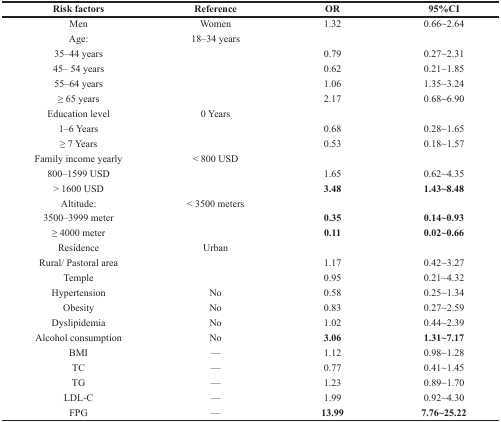
| Risk factors | Reference | OR | 95%CI |
 | --- | --- | --- | --- |
 | Men | Women | 1.32 | 0.66~2.64 |
 | Age: | 18–34 years |  |  |
 | 35–44 years |  | 0.79 | 0.27~2.31 |
 | 45– 54 years |  | 0.62 | 0.21~1.85 |
 | 55–64 years |  | 1.06 | 1.35~3.24 |
 | ≥ 65 years |  | 2.17 | 0.68~6.90 |
 | Education level | 0 Years |  |  |
 | 1–6 Years |  | 0.68 | 0.28~1.65 |
 | ≥ 7 Years |  | 0.53 | 0.18~1.57 |
 | Family income yearly | < 800 USD |  |  |
 | 800–1599 USD |  | 1.65 | 0.62~4.35 |
 | > 1600 USD |  | 3.48 | 1.43~8.48 |
 | Altitude: | < 3500 meters |  |  |
 | 3500–3999 meter |  | 0.35 | 0.14~0.93 |
 | ≥ 4000 meter |  | 0.11 | 0.02~0.66 |
 | Residence | Urban |  |  |
 | Rural/ Pastoral area |  | 1.17 | 0.42~3.27 |
 | Temple |  | 0.95 | 0.21~4.32 |
 | Hypertension | No | 0.58 | 0.25~1.34 |
 | Obesity | No | 0.83 | 0.27~2.59 |
 | Dyslipidemia | No | 1.02 | 0.44~2.39 |
 | Alcohol consumption | No | 3.06 | 1.31~7.17 |
 | BMI | — | 1.12 | 0.98~1.28 |
 | TC | — | 0.77 | 0.41~1.45 |
 | TG | — | 1.23 | 0.89~1.70 |
 | LDL-C | — | 1.99 | 0.92~4.30 |
 | FPG | — | 13.99 | 7.76~25.22 |